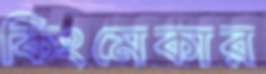
কিংমেকার